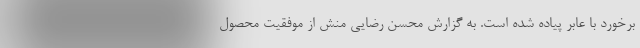
برخورد با عابر پیاده شده است. به گزارش محسن رضایی منش از موفقیت محصول